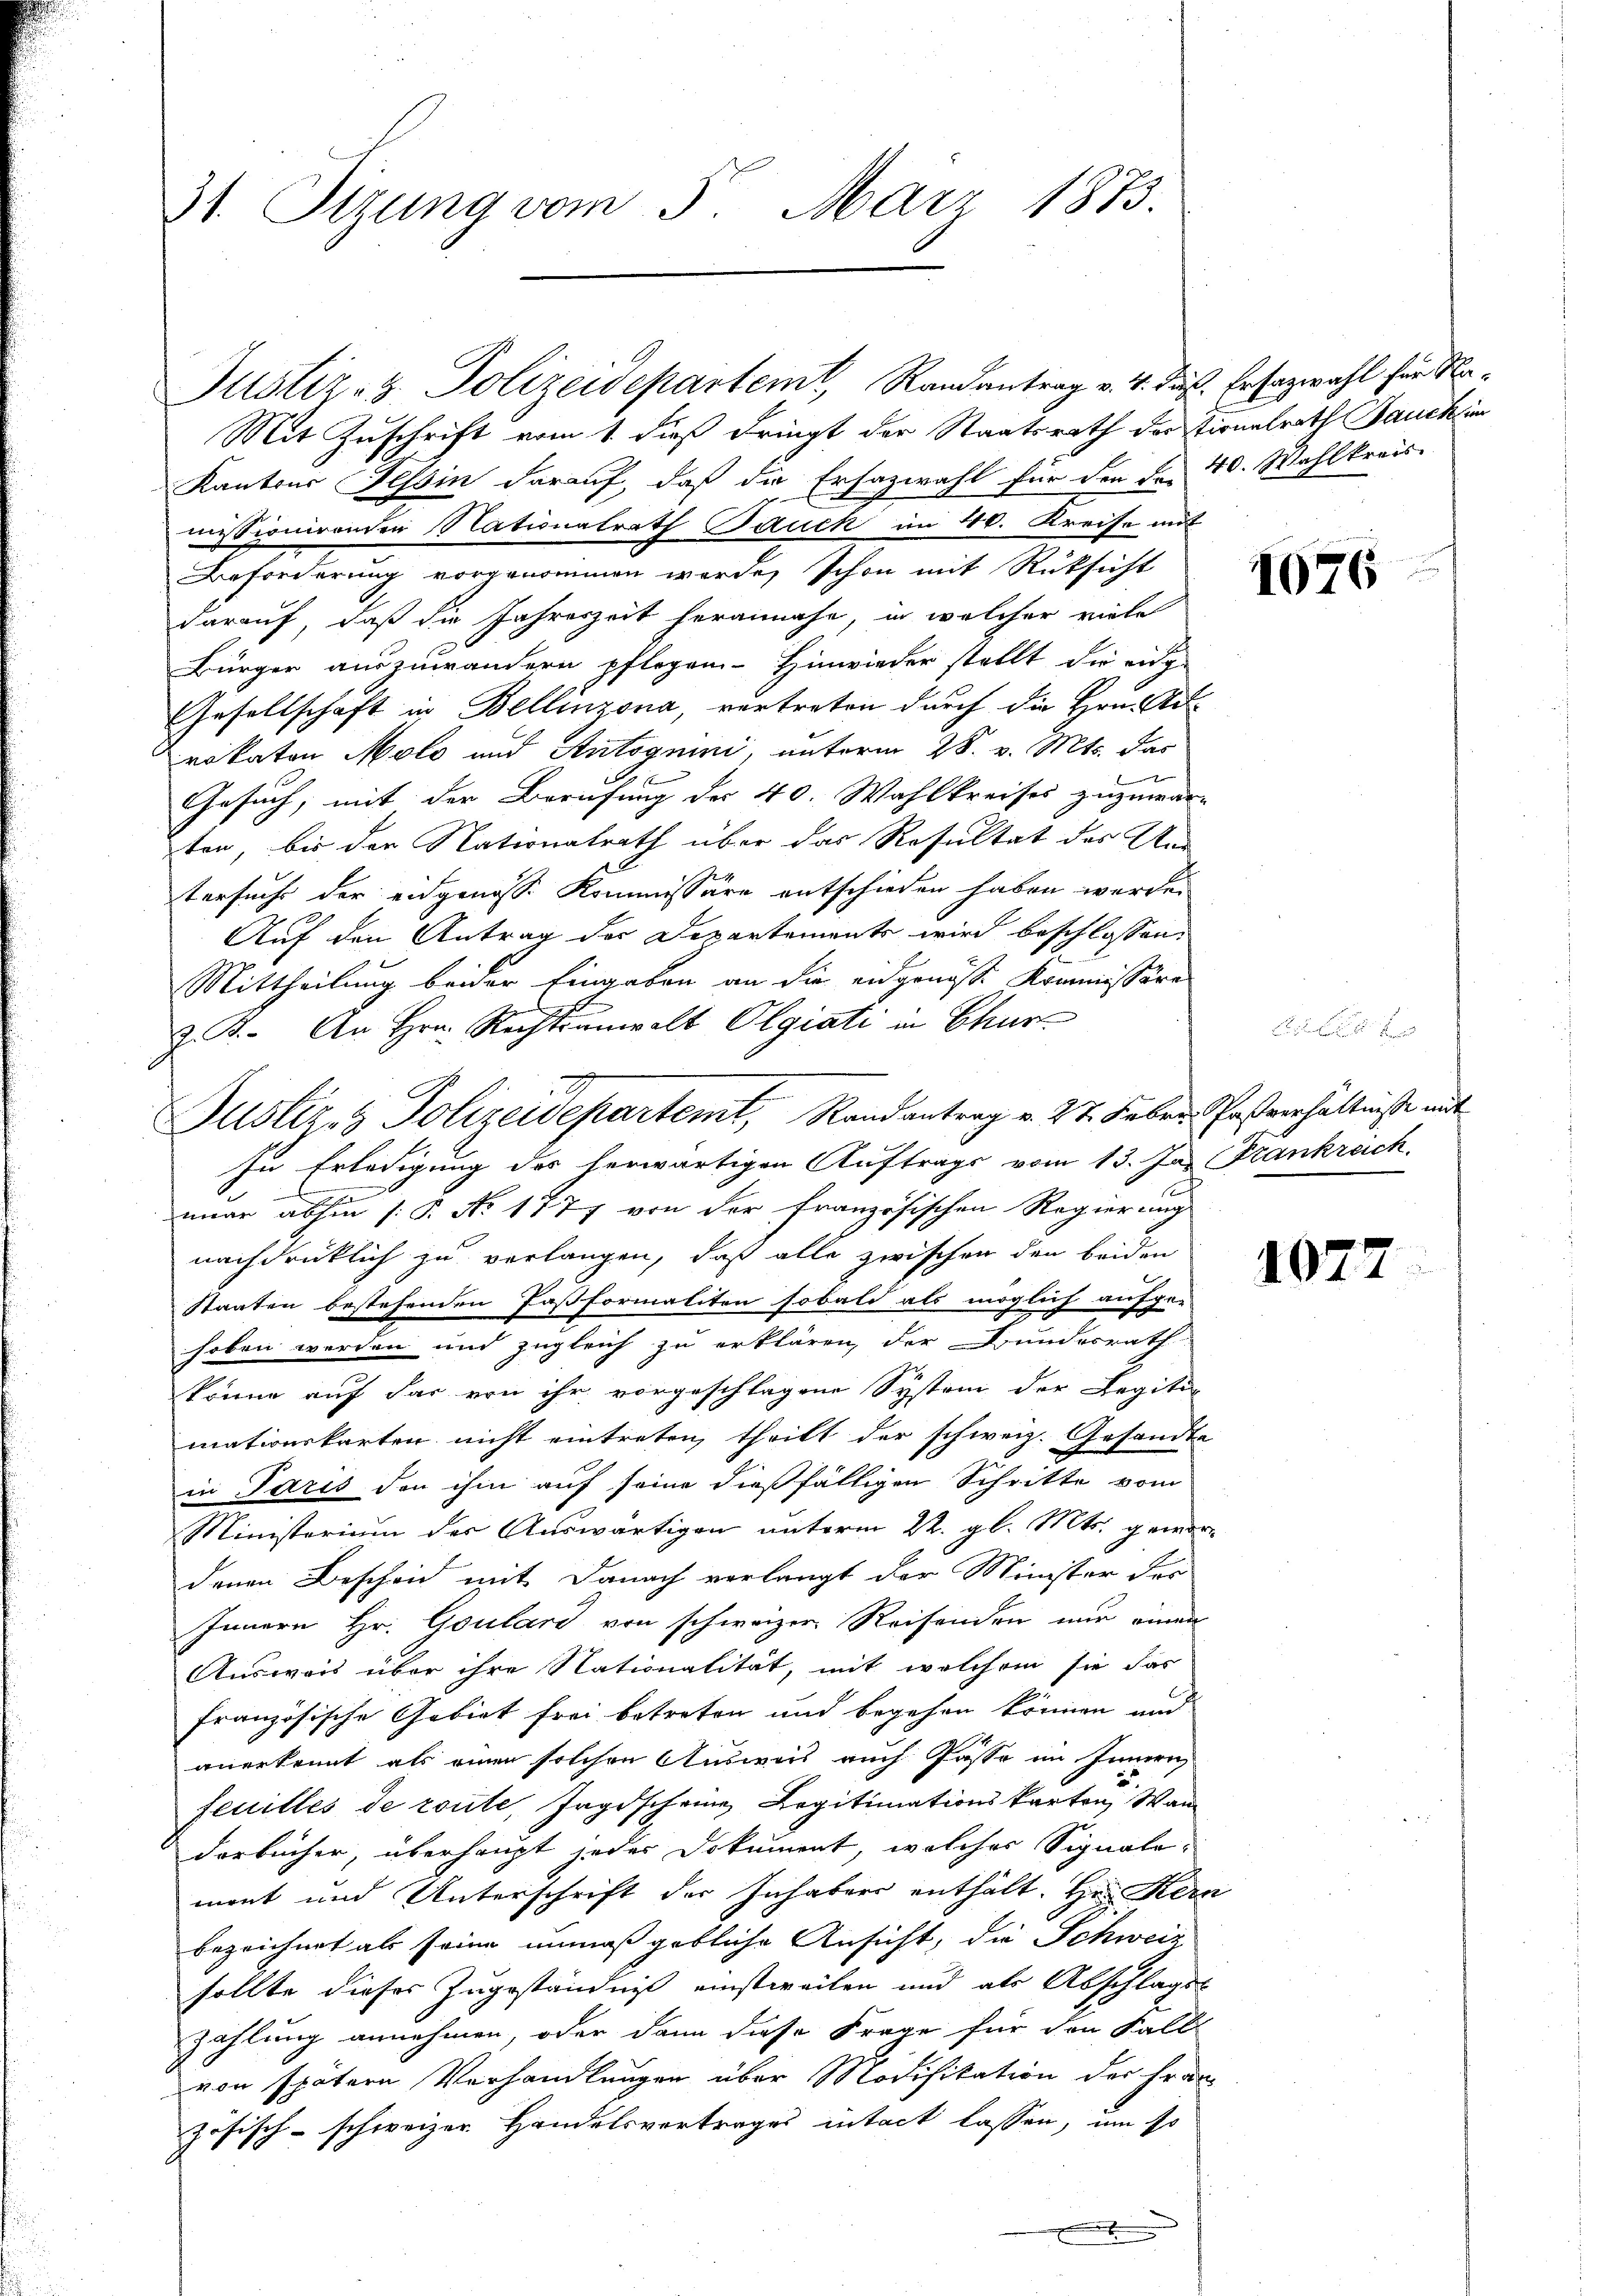
31. Sizung vom 5. März 1873.

Justiz- & Polizeidepartemt, Randantrag v. 4. das. Ersatzwahl für Na¬

Justiz- & Polizeidepartemt, Randantrag v. 27. Febr. Postverhältniße mit

Mit Zuschrift vom 1. dieß dringt der Staatsrath der Tionalrath Bauck in
Kantons Tessin darauf, daß die Ersazwahl für den Fr. 40. Wahlkreis-
missionirenden Nationalrath Bauch im 40. Kreise mit
Beforderung vorgenommen werde, schon mit Rüksicht
darauf, daß die Jahreszeit herannahe, in welcher viele
Bürger auszuwändern pflegen- Hinwieder stellt die eige
Gesellschaft in Bellinzona, vertreten durch die Hrn. Silrokaten Molo und Antsgnini, unterm 28. v. Mts. das
Gesuch, mit der Berufung der 40. Wahlkreises zuzuwar-
ten, bis der Nationalrath über das Resultat des Un
tersuche der eidgenosse Kommissäre entschieden haben werde.
Auf den Antrag der Departements wird beschlossen:
Mittheilung beider Eingaben an die eidgenösse Kommissäre
e
Z. B. An Hrn. Rechtsanwalt Olgiati in Chur
In Erledigung des herwärtigen Auftrags vom 13. Ja. Frankreich
E
nuar abhin (: P. No 1777 von der französischen Regierung
nachdrücklich zu verlangen, daß alle zwischen den beiden
Staaten bestehenden Paßformaliten sobald als möglich aufge-
hoben werden und zugleich zu erklären, der Bundesrath
könne auf das von ihr vorgeschlagene System der Legitimationskarten nicht eintreten, theilt der schweiz. Gesandte
in Paris den ihm auf seine dießfälligen Schritte vom
Ministerium der Auswärtigen unterm 22. gl. Mts. gewordenen Bescheid mit Danach verlangt der Minister der
Innern Hr. Coulard von schweizer Reisenden nur einen
Ausweis über ihre Nationalität, mit welchem sie das
französische Gebiet frei betreten und begehen können und
anerkennt als einen solchen Ausweis auch Pässe im Innern
feuilles de route, Jagdscheine Legitimationskarten, Wan
Dorbücher, überhaupt jeder Dokument, welches Signalement und Unterschrift der Inhabers enthält. Hr. Kern
bezeichnet als seine unmaßgebliche Ansicht, die Schweiz
sollte dieses Zugeständniß einstweilen und als Abschlags-
zahlung annehmen, oder dann diese Frage für den Fall
von spätere Verhandlungen über Modifikation der Frau
zösisch-schweizer Handelsvortrages intact lassen, um so

.

1076

.

1077